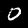
Digit: 0